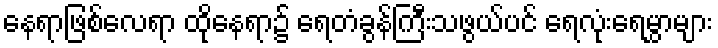
နေရာဖြစ်လေရာ ထိုနေရာ၌ ရေတံခွန်ကြီးသဖွယ်ပင် ရေလုံးရေမွှာများ